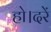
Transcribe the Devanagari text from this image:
हो।दरें